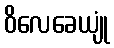
ဝိလေခေယျုံ